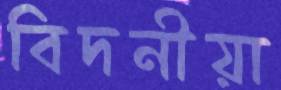
বিদনীয়া